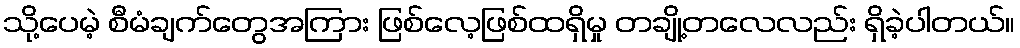
သို့ပေမဲ့ စီမံချက်တွေအကြား ဖြစ်လေ့ဖြစ်ထရှိမှု တချို့တလေလည်း ရှိခဲ့ပါတယ်။